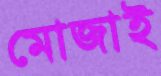
মোজাই